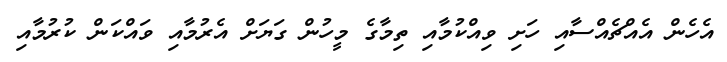
އެހެން އެއްޗެއްސާއި ހަށި ވިއްކުމާއި ތިމާގެ މީހުން ގަޔަށް އެރުމާއި ވައްކަން ކުރުމާއި